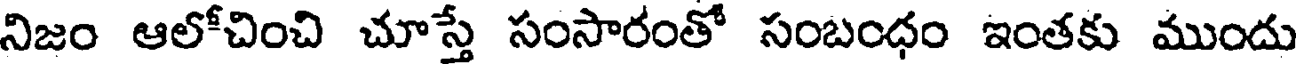
నిజం ఆలోచించి చూస్తే సంసారంతో సంబంధం ఇంతకు ముందు